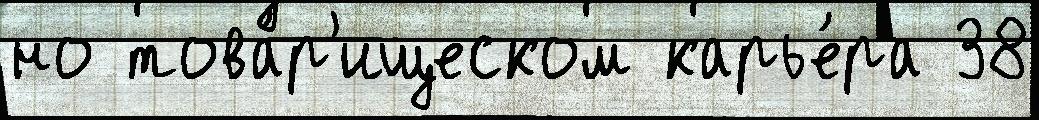
но това́р'ищеском карье́ра 38